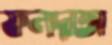
ফলদাতা